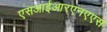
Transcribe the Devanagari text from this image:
एसआईआरएनएएस